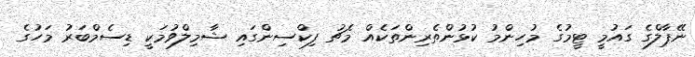
ނޭޕާލްގެ ގައުމީ ޓީމުގެ މުހިންމު ކުޅުންތެރިންތަކެއް މެޗު ފިކްސިންގައި ޝާމިލްވުމަކީ ޑިސެމްބަރު މަހުގެ